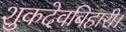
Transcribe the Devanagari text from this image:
शुकदेवबिहारी।